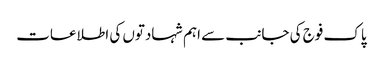
پاک فوج کی جانب سے اہم شہادتوں کی اطلاعات